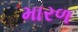
મારળ